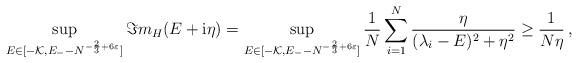
LaTeX: \begin{align*} \sup_{E\in[-\mathcal{K}, E_--N^{-\frac23+6\varepsilon}]} \Im m_H(E+\mathrm{i}\eta)= \sup_{E\in [-\mathcal{K}, E_--N^{-\frac23+6\varepsilon}]}\frac{1}{N}\sum_{i=1}^N \frac{\eta}{(\lambda_i-E)^2+\eta^2}\geq \frac{1}{N\eta}\,, \end{align*}